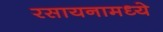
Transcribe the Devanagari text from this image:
रसायनामध्ये